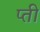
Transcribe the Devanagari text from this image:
प्ती